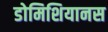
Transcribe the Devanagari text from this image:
डोमिशियानस